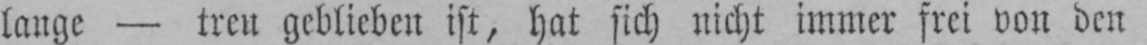
lange - treu geblieben ist, hat sich nicht immer frei von den